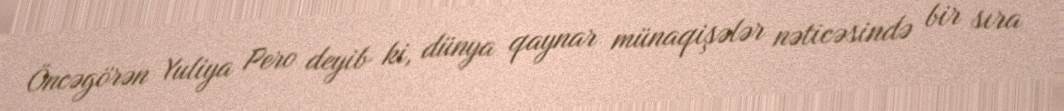
Öncəgörən Yuliya Pero deyib ki, dünya qaynar münaqişələr nəticəsində bir sıra